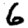
Digit: 6